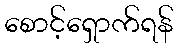
စောင့်ရှောက်ရန်